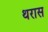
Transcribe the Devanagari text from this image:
थरास